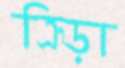
ক্রিড়া